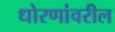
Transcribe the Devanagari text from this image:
धोरणांवरील